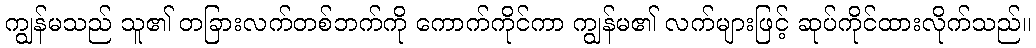
ကျွန်မသည် သူ၏ တခြားလက်တစ်ဘက်ကို ကောက်ကိုင်ကာ ကျွန်မ၏ လက်များဖြင့် ဆုပ်ကိုင်ထားလိုက်သည်။